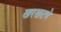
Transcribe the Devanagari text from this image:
खरखटणे